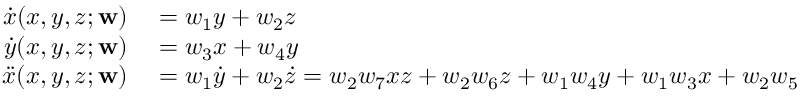
\begin{array} { r l } { \dot { x } ( x , y , z ; \mathbf { w } ) } & { { } = w _ { 1 } y + w _ { 2 } z } \\ { \dot { y } ( x , y , z ; \mathbf { w } ) } & { { } = w _ { 3 } x + w _ { 4 } y } \\ { \ddot { x } ( x , y , z ; \mathbf { w } ) } & { { } = w _ { 1 } \dot { y } + w _ { 2 } \dot { z } = w _ { 2 } w _ { 7 } x z + w _ { 2 } w _ { 6 } z + w _ { 1 } w _ { 4 } y + w _ { 1 } w _ { 3 } x + w _ { 2 } w _ { 5 } } \end{array}